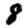
Digit: 8